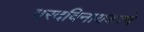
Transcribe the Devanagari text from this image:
वरदविनायकाचे